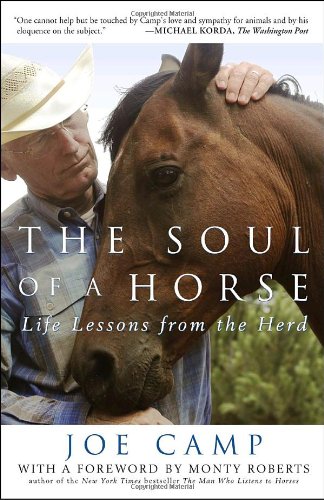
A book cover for The Soul of a Horse: Life Lessons from the Herd; Joe Camp; Crafts, Hobbies & Home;